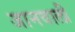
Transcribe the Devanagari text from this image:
जानवाली